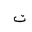
Letter: _ta